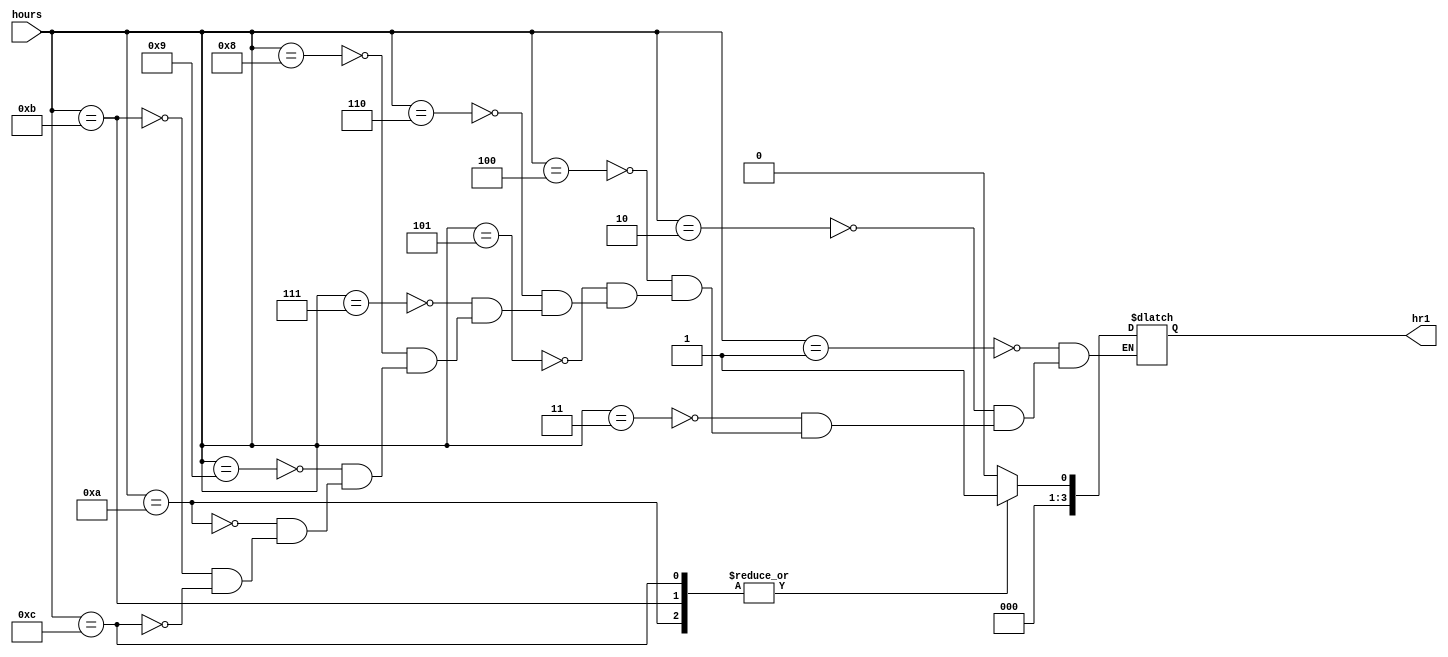
// This program was cloned from: https://github.com/FPGADude/Digital-Design
// License: GNU General Public License v3.0

`timescale 1ns / 1ps

// For 7-segment display clock
// Authored by David J Marion

module seg_hr1(
    input [3:0] hours,
    output reg [3:0] hr1
    );
    
    always @(hours) begin
        case(hours)
            1   :   hr1 = 0;
            2   :   hr1 = 0;
            3   :   hr1 = 0;
            4   :   hr1 = 0;
            5   :   hr1 = 0;
            6   :   hr1 = 0;
            7   :   hr1 = 0;
            8   :   hr1 = 0;
            9   :   hr1 = 0;
            10  :   hr1 = 1;
            11  :   hr1 = 1;
            12  :   hr1 = 1;
        endcase
    end
endmodule